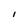
Character: 1